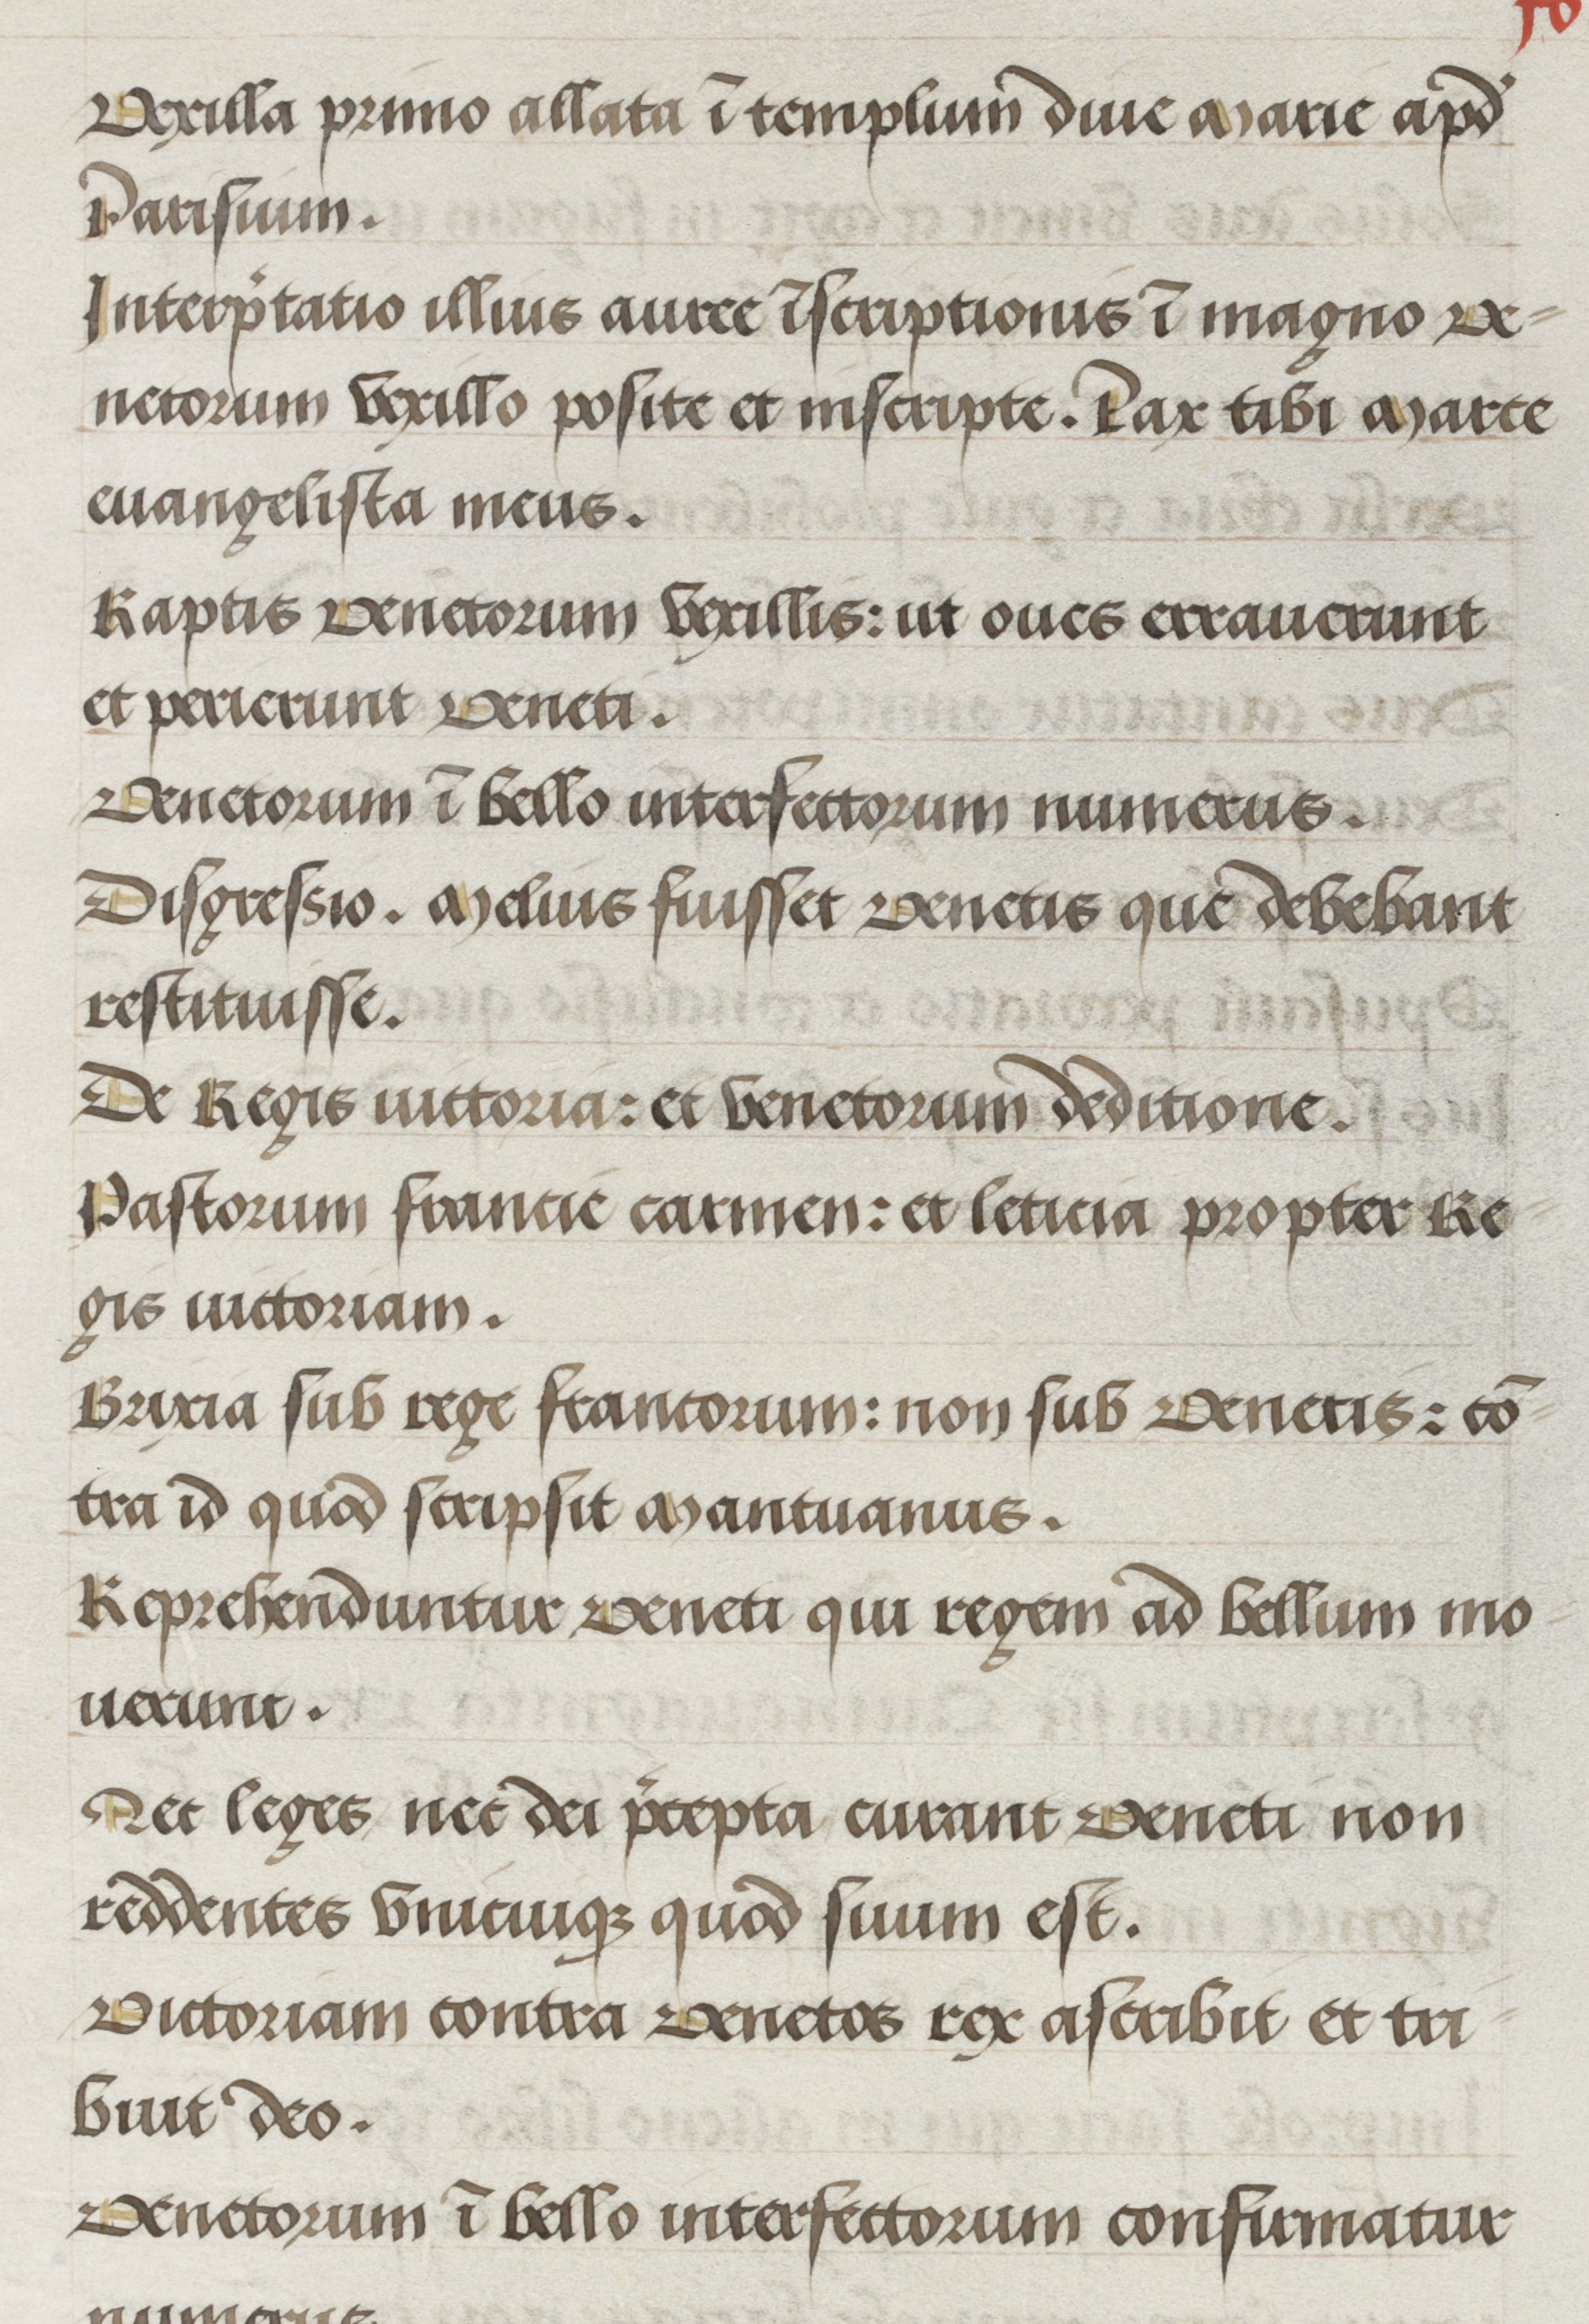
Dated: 1500–1530